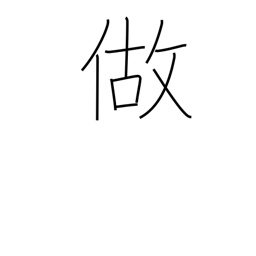
Meaning: make